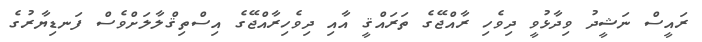
ރައީސް ނަޝީދު ވިދާޅުވީ ދިވެހި ރާއްޖޭގެ ތަރައްޤީ އާއި ދިވެހިރާއްޖޭގެ އިސްތިޤްލާލަށްވެސް ފަނޑިޔާރުގެ